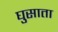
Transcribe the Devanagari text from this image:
घुसाता